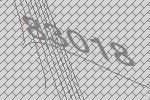
83018